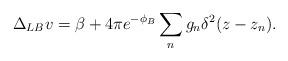
LaTeX: \begin{align*}\Delta_{LB} v = \beta + 4 \pi e^{-\phi_B}\sum_n g_n \delta^2(z-z_n).\end{align*}